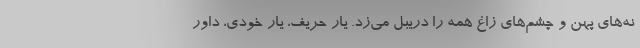
نه‌های پهن و چشم‌های زاغ همه را دریبل می‌زد. یار حریف، یار خودی، داور